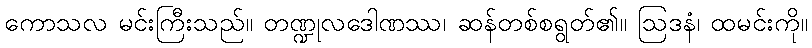
ကောသလ မင်းကြီးသည်။ တဏ္ဍုလဒေါဏဿ၊ ဆန်တစ်စရွတ်၏။ ဩဒနံ၊ ထမင်းကို။